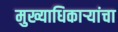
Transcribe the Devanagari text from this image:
मुख्याधिकार्‍यांचा